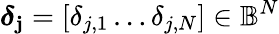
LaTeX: \boldsymbol{\delta}_{\mathbf{j}}=[\delta_{j,1}\dots\delta_{j,N}]\in\mathbb{B}^{N}